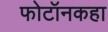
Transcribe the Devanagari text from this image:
फोटॉनकहा